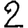
Digit: 2